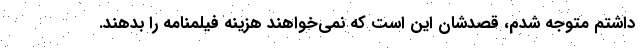
داشتم متوجه شدم، قصدشان این است که نمی‌خواهند هزینه فیلمنامه را بدهند.